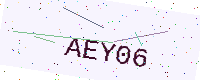
Text: AEY06